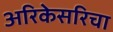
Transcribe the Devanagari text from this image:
अरिकेसरिचा